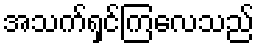
အသက်ရှင်ကြလေသည်